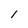
Character: l